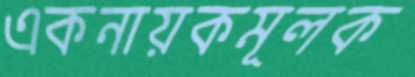
একনায়কমূলক